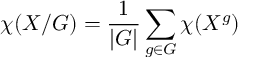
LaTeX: \chi ( X / G ) = \frac { 1 } { | G | } \sum _ { g \in G } \chi ( X ^ { g } )